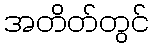
အတိတ်တွင်